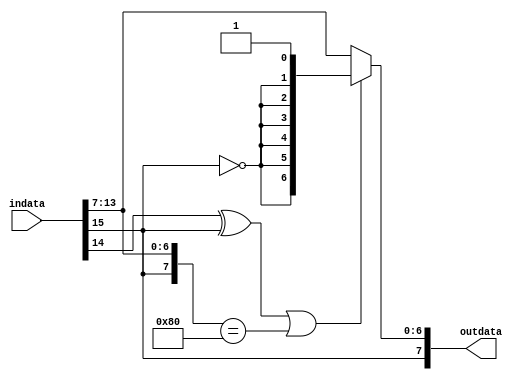
module safely_discard_upper_sign_bits
#(
  parameter inwidth = 16,
  parameter number_of_bits_to_discard = 1,
  parameter outwidth = 8
 )
 (
  input [inwidth-1:0] indata,
  output [outwidth-1:0] outdata
  );
  
  wire [outwidth-1:0] outdata_raw = {indata[inwidth-1], indata[inwidth-2-number_of_bits_to_discard -: (outwidth-1)]};
  wire [number_of_bits_to_discard-1:0] discarded_bits = indata[inwidth-2 -: number_of_bits_to_discard];
  wire sign_bit = indata[inwidth-1];
  wire overflow_situation_occurred = (|(discarded_bits ^{number_of_bits_to_discard{sign_bit}})) | (outdata_raw == {1'b1,{(outwidth-1){1'b0}}});
  wire [outwidth-1:0] overflow_output_value = {sign_bit,{(outwidth-2){~sign_bit}},1'b1}; //avoid unsymmetric 2's complemente range
  
  assign outdata = overflow_situation_occurred ? overflow_output_value : outdata_raw;
 
 endmodule